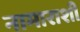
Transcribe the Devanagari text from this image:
नामाराशी